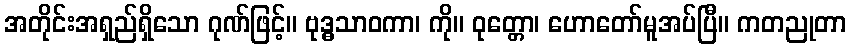
အတိုင်းအရှည်ရှိသော ဂုဏ်ဖြင့်။ ဗုဒ္ဓသာဝကာ၊ ကို။ ဝုတ္တော၊ ဟောတော်မူအပ်ပြီ။ ကတညုတာ